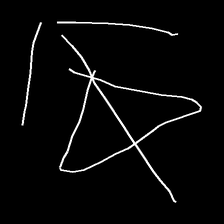
Glyph: pull